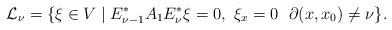
LaTeX: \begin{align*}\mathcal{L}_{\nu}=\{\xi\in V\mid E^*_{\nu-1}A_1E^*_{\nu}\xi=0,\ \xi_{x}=0 \ \ \partial(x,x_0)\neq \nu\}.\end{align*}